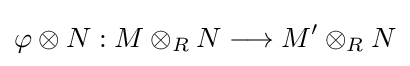
\varphi \otimes N:M\otimes _{R}N\longrightarrow M^{\prime }\otimes _{R}N